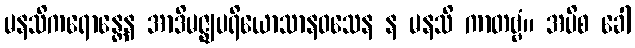
မနသိကရောန္တေန အာဒိမဇ္ဈပရိယောသာနဝသေန န မနသိ ကာတဗ္ဗံ။ အပိစ ခေါ